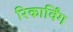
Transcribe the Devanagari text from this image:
रिकार्विंग